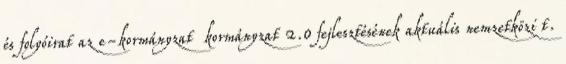
és folyóirat az e-kormányzat kormányzat 2.0 fejlesztésének aktuális nemzetközi t.